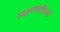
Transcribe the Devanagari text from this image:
स्थापनादिकर्म